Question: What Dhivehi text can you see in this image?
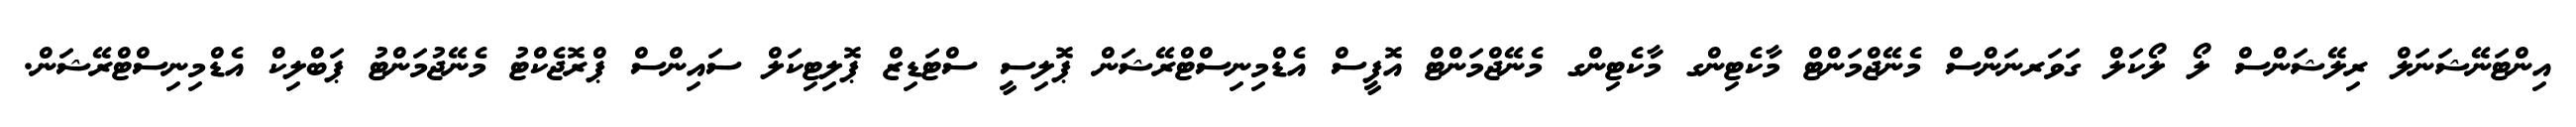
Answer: އިންޓަނޭޝަނަލް ރިލޭޝަންސް ލޯ ލޯކަލް ގަވަރނަންސް މެނޭޖްމަންޓް މާކެޓިންގ މާކެޓިންގ މެނޭޖްމަންޓް އޮފީސް އެޑްމިނިސްޓްރޭޝަން ޕޮލިސީ ސްޓަޑިޒް ޕޮލިޓިކަލް ސައިންސް ޕްރޮޖެކްޓު މެނޭޖުމަންޓު ޕަބްލިކް އެޑްމިނިސްޓްރޭޝަން.